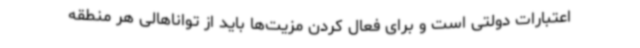
اعتبارات دولتی است و برای فعال کردن مزیت‌ها باید از تواناهالی هر منطقه